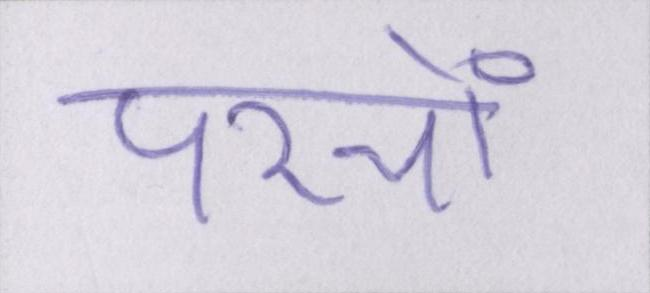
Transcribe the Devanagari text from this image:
परचों